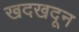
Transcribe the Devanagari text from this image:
खदखदून